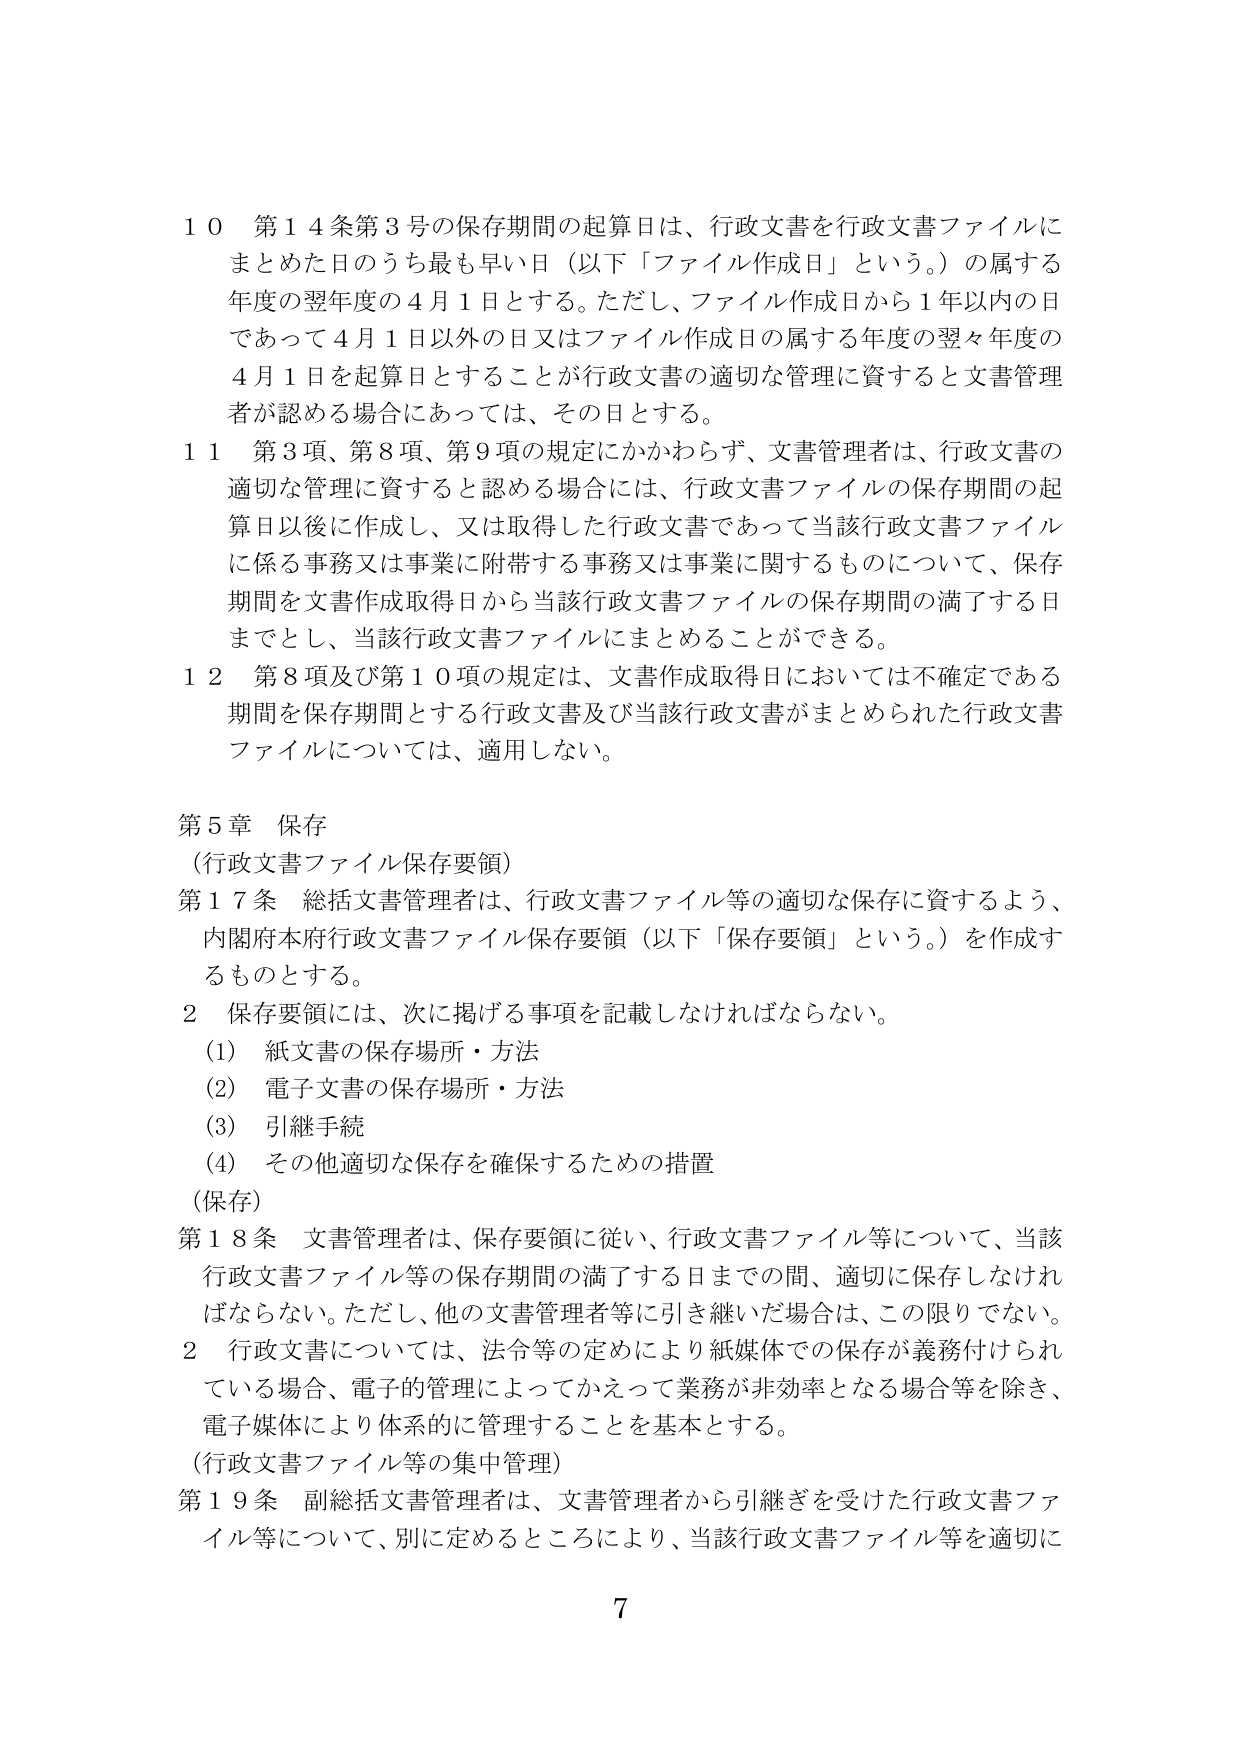
10 第14条第3号の保存期間の起算日は、行政文書を行政文書ファイルにまとめた日のうち最も早い日（以下「ファイル作成日」という。）の属する年度の翌年度の4月1日とする。ただし、ファイル作成日から1年以内の日であって4月1日以外の日又はファイル作成日の属する年度の翌々年度の4月1日を起算日とすることが行政文書の適切な管理に資すると文書管理者が認める場合にあっては、その日とする。

11 第3項、第8項、第9項の規定にかかわらず、文書管理者は、行政文書の適切な管理に資すると認める場合には、行政文書ファイルの保存期間の起算日以後に作成し、又は取得した行政文書であって当該行政文書ファイルに係る事務又は事業に附帯する事務又は事業に関するものについて、保存期間を文書作成取得日から当該行政文書ファイルの保存期間の満了する日までとし、当該行政文書ファイルにまとめることができる。

12 第8項及び第10項の規定は、文書作成取得日においては不確定である期間を保存期間とする行政文書及び当該行政文書がまとめられた行政文書ファイルについては、適用しない。

第5章 保存
（行政文書ファイル保存要領）
第17条 総括文書管理者は、行政文書ファイル等の適切な保存に資するよう、内閣府本府行政文書ファイル保存要領（以下「保存要領」という。）を作成するものとする。

2 保存要領には、次に掲げる事項を記載しなければならない。
(1) 紙文書の保存場所・方法
(2) 電子文書の保存場所・方法
(3) 引継手続
(4) その他適切な保存を確保するための措置

（保存）
第18条 文書管理者は、保存要領に従い、行政文書ファイル等について、当該行政文書ファイル等の保存期間の満了する日までの間、適切に保存しなければならない。ただし、他の文書管理者等に引き継いだ場合は、この限りでない。

2 行政文書については、法令等の定めにより紙媒体での保存が義務付けられている場合、電子の管理によってかえって業務が非効率となる場合等を除き、電子媒体により体系的に管理することを基本とする。

（行政文書ファイル等の集中管理）
第19条 副総括文書管理者は、文書管理者から引継ぎを受けた行政文書ファイル等について、別に定めるところにより、当該行政文書ファイル等を適切に

7